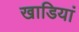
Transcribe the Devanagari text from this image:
खाडियां